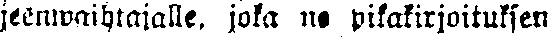
jeenwaihtajalle, joka ne pikakirjoituksen